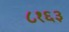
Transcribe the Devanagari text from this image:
८१६३